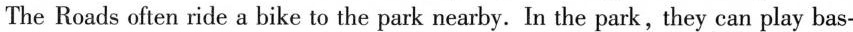
The Roads often ride a bike to the park nearby. In the park, they can play bas-